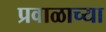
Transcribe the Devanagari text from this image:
प्रवाळाच्या